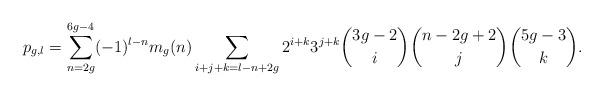
LaTeX: \begin{align*}p_{g,l} = \sum_{n =2g}^{6g-4} (-1)^{l-n} m_g(n) \sum_{i+j+k=l-n+2g} 2^{i+k} 3^{j+k} {3g-2 \choose i} {n-2g+2 \choose j} {5g-3 \choose k}. \end{align*}